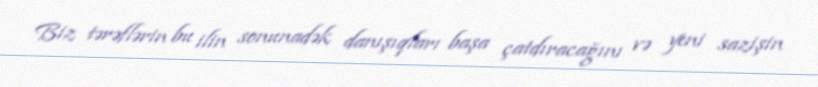
Biz tərəflərin bu ilin sonunadək danışıqları başa çatdıracağını və yeni sazişin